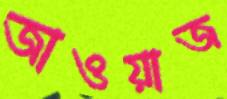
জাওয়াজ